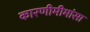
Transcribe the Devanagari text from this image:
कारणीमीमांसा